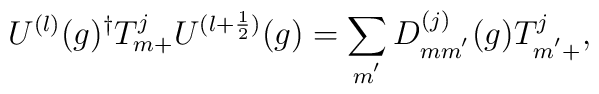
U^{(l)}(g)^{\dagger}T^{j}_{m+}U^{(l+\frac{1}{2})}(g)=\sum_{m^{'}}D^{(j)}_{mm^{'}}(g) T^{j}_{m^{'}+},